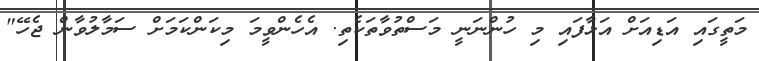
މަތީގައި އަޑިއަށް އަޅާފައި މި ހުންނަނީ މަސްތުވާތަކެތި. އެހެންވީމަ މިކަންކަމަށް ސަމާލުވާން ޖެހޭ"